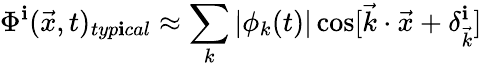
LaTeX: \Phi^{\mathbf{i}}(\vec{{x}},t)_{typ\mathbf{i}cal}\approx\sum_{k}|\phi_{k}(t)|\cos[\vec{{k}}\cdot\vec{{x}}+\delta_{\vec{{k}}}^{\mathbf{i}}]